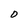
Character: O